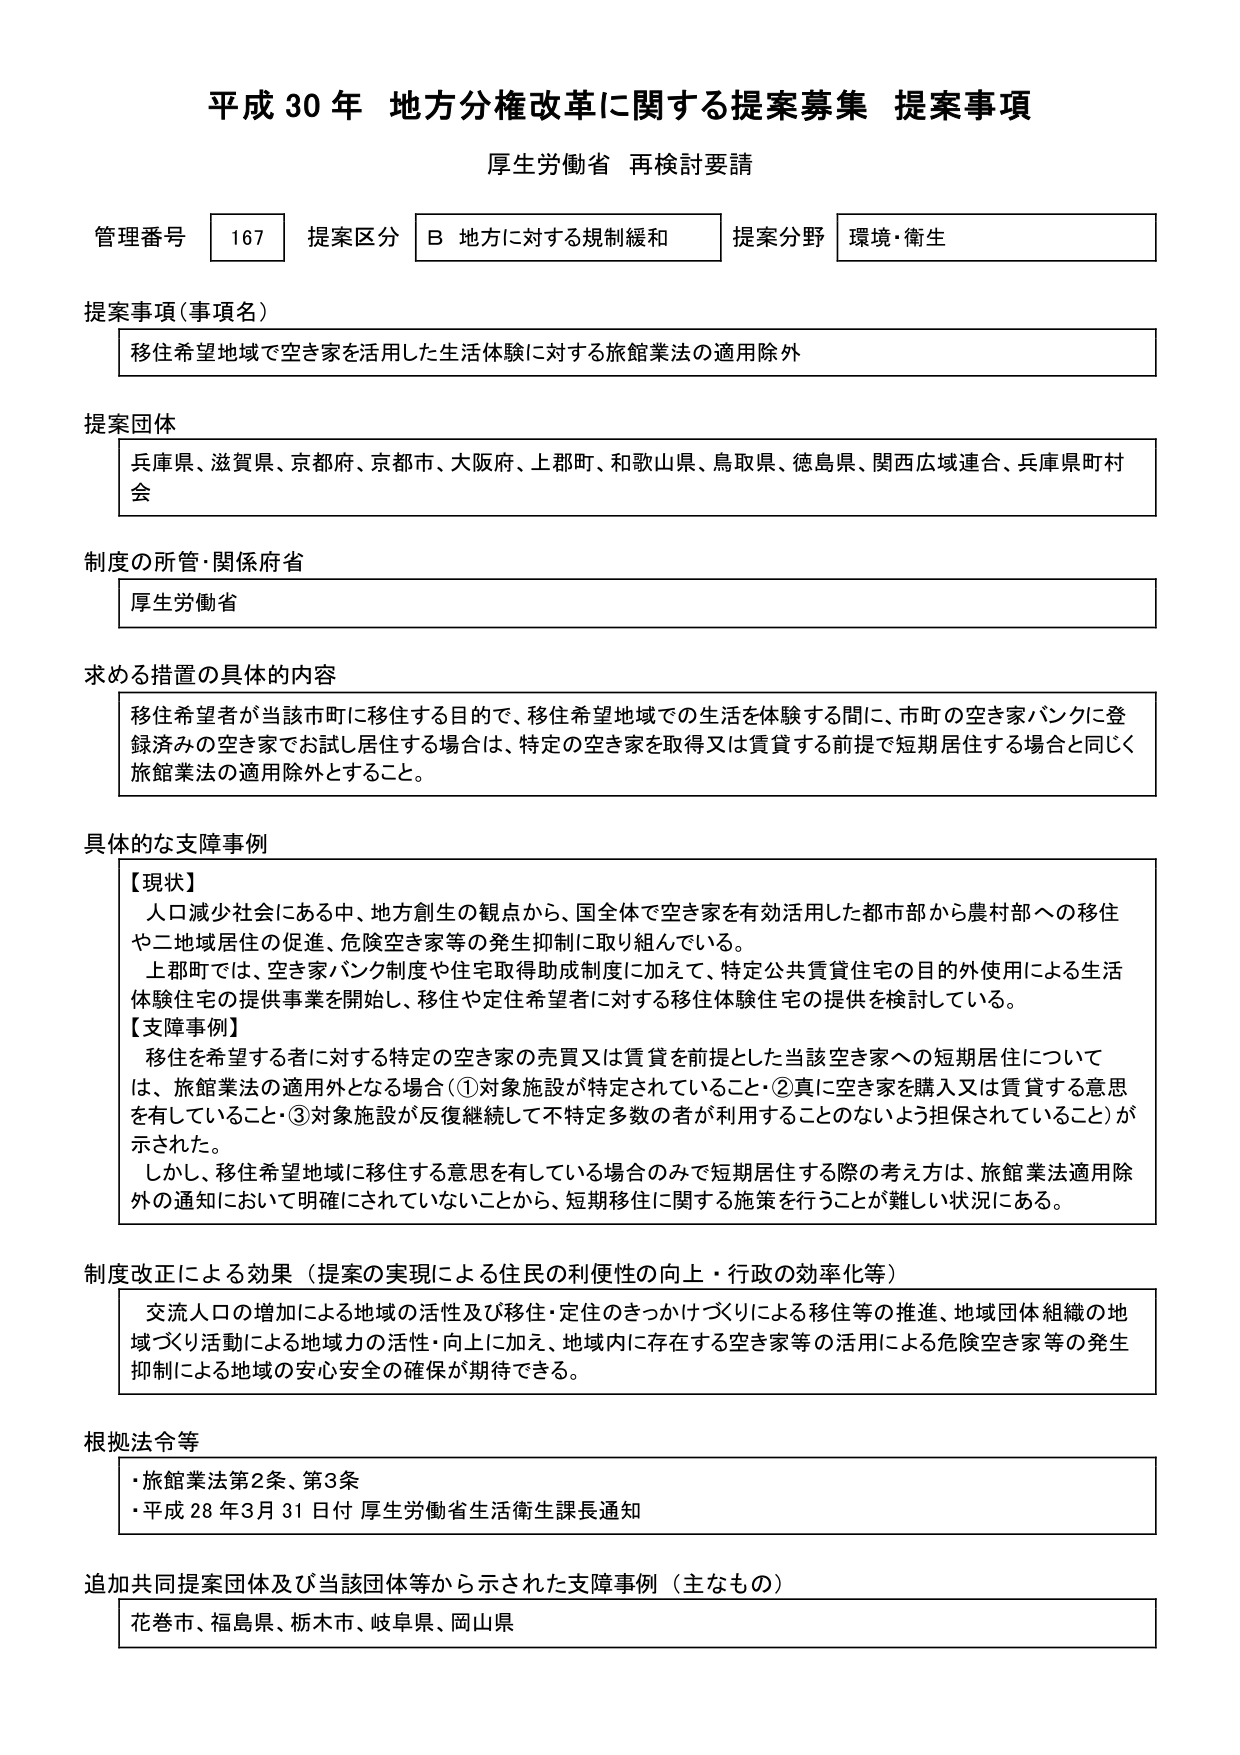
平成30年 地方分権改革に関する提案募集 提案事項
厚生労働省 再検討要請

管理番号 167 提案区分 B 地方に対する規制緩和 提案分野 環境・衛生

提案事項（事項名）
移住希望地域で空き家を活用した生活体験に対する旅館業法の適用除外

提案団体
兵庫県、滋賀県、京都府、京都市、大阪府、上郡町、和歌山県、鳥取県、徳島県、関西広域連合、兵庫県町村会

制度の所管・関係府省
厚生労働省

求める措置の具体的内容
移住希望者が当該市町に移住する目的で、移住希望地域での生活を体験する間に、市町の空き家バンクに登録済みの空き家でお試し居住する場合は、特定の空き家を取得又は賃貸する前提で短期居住する場合と同じく旅館業法の適用除外とすること。

具体的な支障事例
【現状】
人口減少社会にある中、地方創生の観点から、国全体で空き家を有効活用した都市部から農村部への移住や二地域居住の促進、危険空き家等の発生抑制に取り組んでいる。
上郡町では、空き家バンク制度や住宅取得助成制度に加えて、特定公共賃貸住宅の目的外使用による生活体験住宅の提供事業を開始し、移住や定住希望者に対する移住体験住宅の提供を検討している。
【支障事例】
移住を希望する者に対する特定の空き家の売買又は賃貸を前提とした当該空き家への短期居住については、旅館業法の適用外となる場合（①対象施設が特定されていること・②真に空き家を購入又は賃貸する意思を有していること・③対象施設が反復継続して不特定多数の者が利用することのないよう担保されていること）が示された。
しかし、移住希望地域に移住する意思を有している場合のみで短期居住する際の考え方は、旅館業法適用除外の通知において明確にされていないことから、短期移住に関する施策を行うことが難しい状況にある。

制度改正による効果（提案の実現による住民の利便性の向上・行政の効率化等）
交流人口の増加による地域の活性及び移住・定住のきっかけづくりによる移住等の推進、地域団体組織の地域づくり活動による地域力の活性・向上に加え、地域内に存在する空き家等の活用による危険空き家等の発生抑制による地域の安心安全の確保が期待できる。

根拠法令等
・旅館業法第2条、第3条
・平成28年3月31日付 厚生労働省生活衛生課長通知

追加共同提案団体及び当該団体等から示された支障事例（主なもの）
花巻市、福島県、栃木市、岐阜県、岡山県